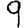
Digit: 9